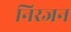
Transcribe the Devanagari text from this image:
निरजन